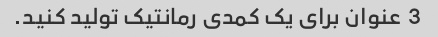
3 عنوان برای یک کمدی رمانتیک تولید کنید.